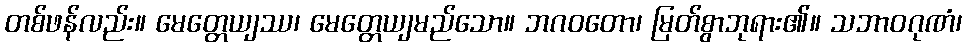
တစ်ဖန်လည်း။ မေတ္တေယျဿ၊ မေတ္တေယျမည်သော။ ဘဂဝတော၊ မြတ်စွာဘုရား၏။ သဘာဝဂုဏံ၊